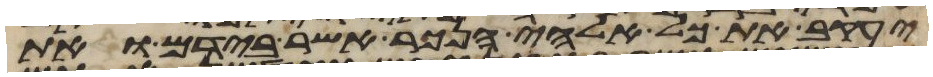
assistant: יעקב את כל אלהי הנכר אשר בידם ואת